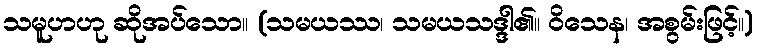
သမူဟဟု ဆိုအပ်သော။ (သမယဿ၊ သမယသဒ္ဒါ၏။ ဝိသေန၊ အစွမ်းဖြင့်။)